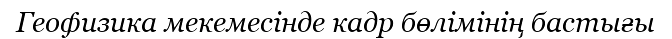
Геофизика мекемесінде кадр бөлімінің бастығы